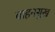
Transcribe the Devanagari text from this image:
वाहनसुख